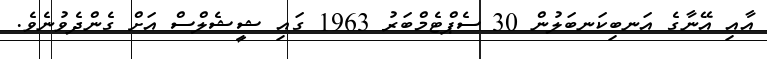
އާއި އޭނާގެ އަނބިކަނބަލުން 30 ސެޕްޓެމްބަރު 1963 ގައި ޝީޝެލްސް އަށް ގެންދެވުނެވެ.